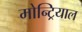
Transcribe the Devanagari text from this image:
मोन्ट्रियाल